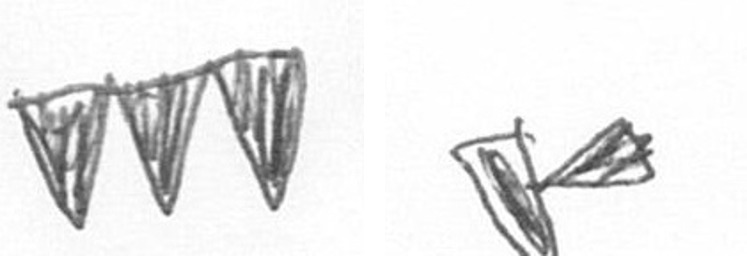
L F